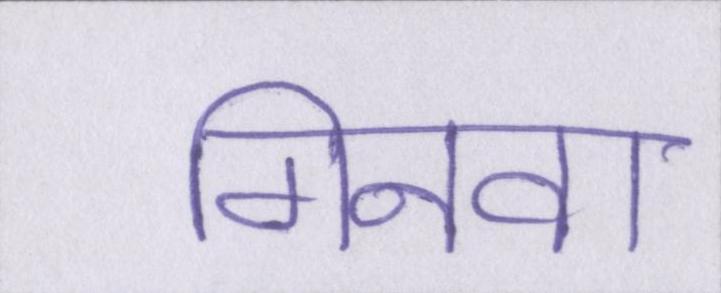
गिनवा